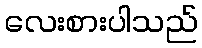
လေးစားပါသည်